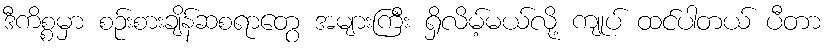
ဒီကိစ္စမှာ စဉ်းစားချိန်ဆစရာတွေ အများကြီး ရှိလိမ့်မယ်လို့ ကျုပ် ထင်ပါတယ် ပီတာ